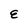
Character: E